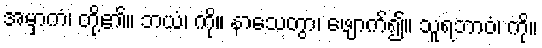
အမှာကံ၊ တို့၏။ ဘယံ၊ ကို။ နာသေတွာ၊ ဖျောက်၍။ သူရဘာဝံ၊ ကို။